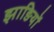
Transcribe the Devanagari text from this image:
झाङियों